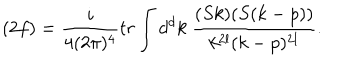
( 2 f ) = \frac { i } { 4 ( 2 \pi ) ^ { 4 } } t r \int d ^ { d } k \ \frac { ( S k ) ( S ( k - p ) ) } { k ^ { 2 l } ( k - p ) ^ { 2 l } } .